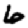
Digit: 6